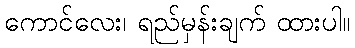
ကောင်လေး၊ ရည်မှန်းချက် ထားပါ။